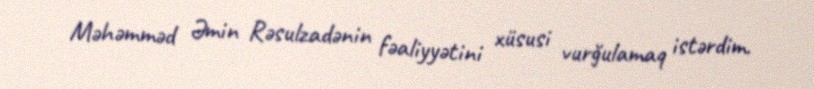
Məhəmməd Əmin Rəsulzadənin fəaliyyətini xüsusi vurğulamaq istərdim.